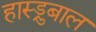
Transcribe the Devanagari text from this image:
हास्ड्रुबाल